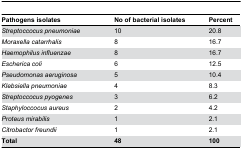
<table><thead><tr><td><b>Pathogens isolates</b></td><td><b>No of bacterial isolates</b></td><td><b>Percent</b></td></tr></thead><tbody><tr><td><i>Streptoccocus pneumoniae</i></td><td>10</td><td>20.8</td></tr><tr><td><i>Moraxella catarrhalis</i></td><td>8</td><td>16.7</td></tr><tr><td><i>Haemophilus influenzae</i></td><td>8</td><td>16.7</td></tr><tr><td><i>Escherica coli</i></td><td>6</td><td>12.5</td></tr><tr><td><i>Pseudomonas aeruginosa</i></td><td>5</td><td>10.4</td></tr><tr><td><i>Klebsiella pneumoniae</i></td><td>4</td><td>8.3</td></tr><tr><td><i>Streptoccocus pyogenes</i></td><td>3</td><td>6.2</td></tr><tr><td><i>Staphyloccocus aureus</i></td><td>2</td><td>4.2</td></tr><tr><td><i>Proteus mirabilis</i></td><td>1</td><td>2.1</td></tr><tr><td><i>Citrobactor freundii</i></td><td>1</td><td>2.1</td></tr><tr><td><b>Total</b></td><td><b>48</b></td><td><b>100</b></td></tr></tbody></table>